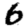
Digit: 6